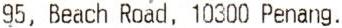
95, BEACH ROAD, 10300 PENANG.